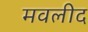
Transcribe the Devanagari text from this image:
मवलीद